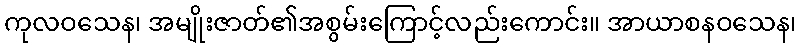
ကုလဝသေန၊ အမျိုးဇာတ်၏အစွမ်းကြောင့်လည်းကောင်း။ အာယာစနဝသေန၊